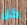
كل